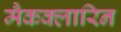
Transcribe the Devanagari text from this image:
मैकक्लारिन